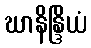
ဃာနိန္ဒြိယံ